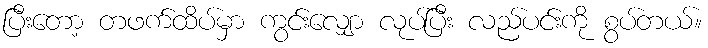
ပြီးတော့ တဖက်ထိပ်မှာ ကွင်းလျှော လုပ်ပြီး လည်ပင်းကို စွပ်တယ်။